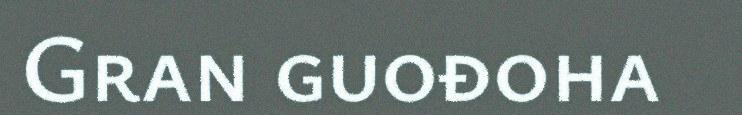
Gran guođoha